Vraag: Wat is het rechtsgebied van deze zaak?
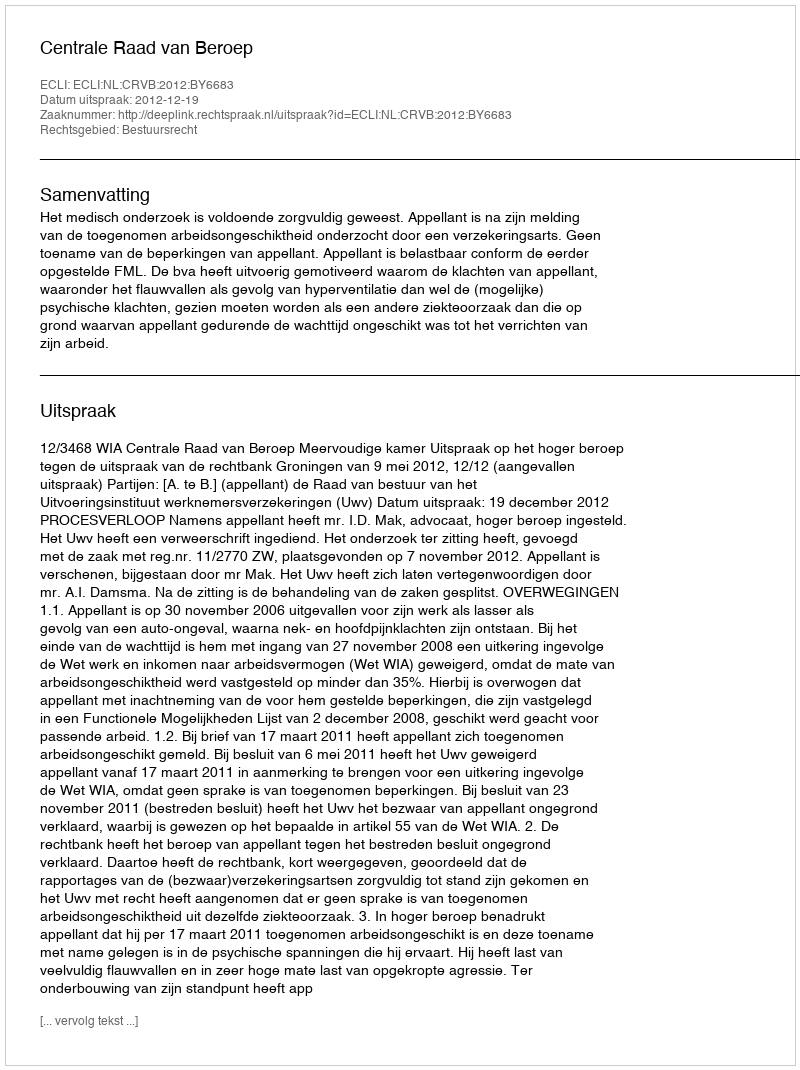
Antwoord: Bestuursrecht